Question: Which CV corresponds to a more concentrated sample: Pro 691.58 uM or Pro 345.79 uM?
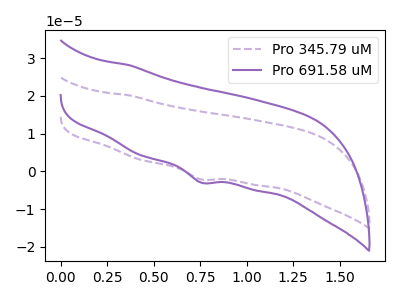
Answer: <think>The purple dashed curve "Pro 345.79 uM" has a cathodic peak at: (0.75V, -2.15uA). The purple curve "Pro 691.58 uM" has a cathodic peak at: (0.75V, -2.95uA).
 All the peaks in "Pro 691.58 uM" have a peak in "Pro 345.79 uM" at the same potential. Every peak in "Pro 691.58 uM" is higher than every peak in "Pro 345.79 uM".</think>
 <answer>"Pro 691.58 uM" has more signal than "Pro 345.79 uM" and so likely has a higher concentration.</answer>
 <eval>more_concentration</eval>